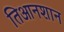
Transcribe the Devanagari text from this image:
तिआनशान